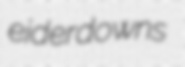
eiderdowns